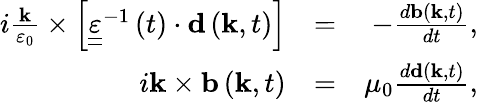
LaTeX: \begin{array}{rlr}{i\frac{{\mathbf k}}{\varepsilon_{0}}\times\left[{\underline{{\underline{\varepsilon}}}}^{-1}\left(t\right)\cdot{\mathbf d}\left({\mathbf k},t\right)\right]}&{=}&{-\frac{d{\mathbf b}\left({\mathbf k},t\right)}{dt},}\\ {i{\mathbf k}\times{\mathbf b}\left({\mathbf k},t\right)}&{=}&{\mu_{0}\frac{d{\mathbf d}\left({\mathbf k},t\right)}{dt},}\end{array}